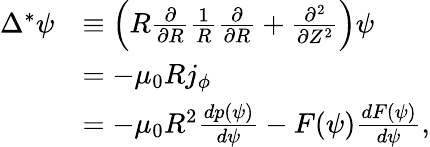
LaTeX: \begin{array}{rl}{\Delta^{*}\psi}&{\equiv\left(R\frac{\partial}{\partial R}\frac{1}{R}\frac{\partial}{\partial R}+\frac{\partial^{2}}{\partial Z^{2}}\right)\psi}\\ &{=-\mu_{0}Rj_{\phi}}\\ &{=-\mu_{0}R^{2}\frac{dp(\psi)}{d\psi}-F(\psi)\frac{dF(\psi)}{d\psi},}\end{array}